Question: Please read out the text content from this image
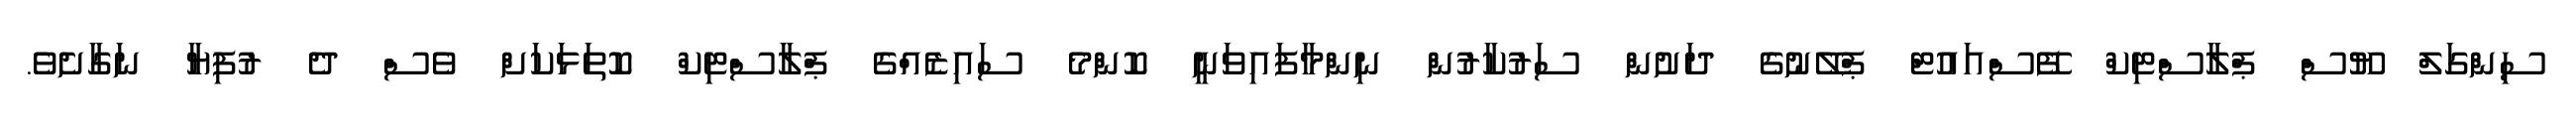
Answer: ސިންގަލް ޔޫސް ޕްލާސްޓިކް ފޭސްއައުޓް ޕްލޭނުގެ ދަށުން ސަރުކާރުން ނިންމާފައިވަނީ ކޮންމެ ސައިޒެއްގެ ޕްލާސްޓިކް ކޮތަޅަކަށް ވެސް ދެ ރުފިޔާ ނަގާށެވެ.